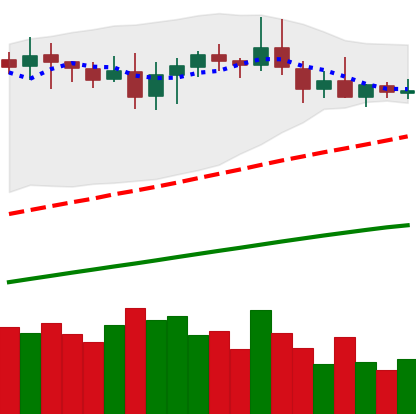
Ticker: DOGE-USD
Chart end date: 2020-08-24
Forward return: -3.979%
Label: down_3_5